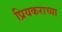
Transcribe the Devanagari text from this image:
प्रियकराच्या